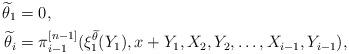
LaTeX: \begin{align*}\widetilde \theta_1&=0,\\\widetilde \theta_i&=\pi^{[n-1]}_{i-1}(\xi^{\widetilde \theta}_1(Y_1),x+Y_1,X_2,Y_2,\dots,X_{i-1},Y_{i-1}), \end{align*}